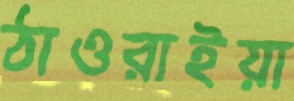
ঠাওরাইয়া